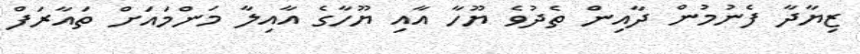
ޒިޔާދާ ފެނުމުން ދާއިން ތެދުވެ ޔޫހާ އާއި ޔޫހާގެ އާއިލާ މަންމައަށް ތައާރަފް